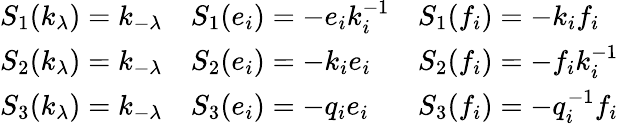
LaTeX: {\begin{array}{lll}{S_{1}(k_{\lambda})=k_{-\lambda}}&{S_{1}(e_{i})=-e_{i}k_{i}^{-1}}&{S_{1}(f_{i})=-k_{i}f_{i}}\\ {S_{2}(k_{\lambda})=k_{-\lambda}}&{S_{2}(e_{i})=-k_{i}e_{i}}&{S_{2}(f_{i})=-f_{i}k_{i}^{-1}}\\ {S_{3}(k_{\lambda})=k_{-\lambda}}&{S_{3}(e_{i})=-q_{i}e_{i}}&{S_{3}(f_{i})=-q_{i}^{-1}f_{i}}\end{array}}